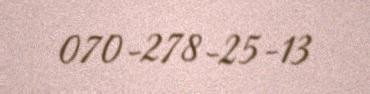
070-278-25-13